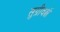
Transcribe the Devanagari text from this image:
सुग्रीवर्श्च